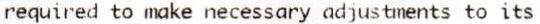
REQUIRED TO MAKE NECESSARY ADJUSTMENTS TO ITS